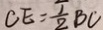
O E = \frac { 1 } { 2 } B C